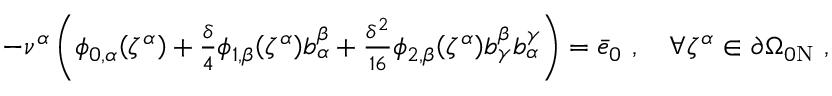
\begin{array} { r } { - { \nu } ^ { \alpha } \left( \phi _ { 0 , \alpha } \mathopen { } \mathclose \bgroup \left( \zeta ^ { \alpha } \aftergroup \egroup \right) + \frac { \delta } { 4 } \phi _ { 1 , \beta } \mathopen { } \mathclose \bgroup \left( \zeta ^ { \alpha } \aftergroup \egroup \right) b _ { \alpha } ^ { \beta } + \frac { \delta ^ { 2 } } { 1 6 } \phi _ { 2 , \beta } \mathopen { } \mathclose \bgroup \left( \zeta ^ { \alpha } \aftergroup \egroup \right) b _ { \gamma } ^ { \beta } b _ { \alpha } ^ { \gamma } \right) = \bar { e } _ { 0 } ~ , \quad \forall \zeta ^ { \alpha } \in \partial \Omega _ { 0 \mathrm { N } } ~ , } \end{array}